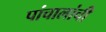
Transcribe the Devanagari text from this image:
पांचालांची